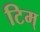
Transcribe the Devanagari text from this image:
टिम्